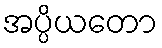
အပ္ပိယတော